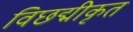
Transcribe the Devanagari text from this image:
विछद्मीकृत